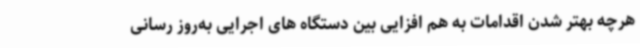
هرچه بهتر شدن اقدامات به هم افزایی بین دستگاه های اجرایی به‌روز رسانی